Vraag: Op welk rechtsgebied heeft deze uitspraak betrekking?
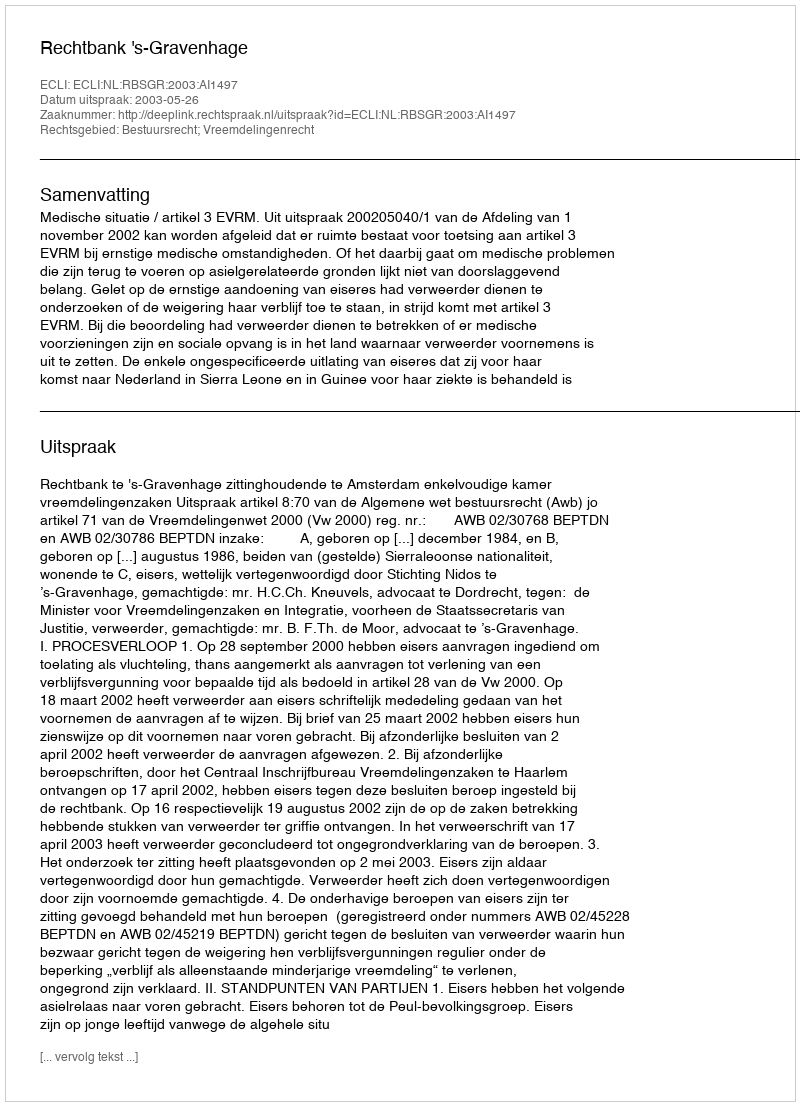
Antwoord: Bestuursrecht; Vreemdelingenrecht